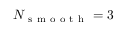
N _ { \mathrm { ~ s ~ m ~ o ~ o ~ t ~ h ~ } } = 3